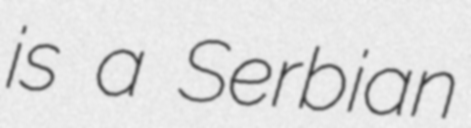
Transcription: is a Serbian